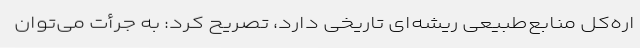
اره‌کل منابع‌طبیعی ریشه‌ای تاریخی دارد، تصریح کرد: به جرأت می‌توان